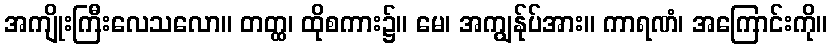
အကျိုးကြီးလေသလော။ တတ္ထ၊ ထိုစကား၌။ မေ၊ အကျွန်ုပ်အား။ ကာရဏံ၊ အကြောင်းကို။